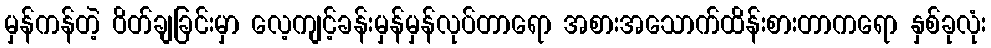
မှန်ကန်တဲ့ ဝိတ်ချခြင်းမှာ လေ့ကျင့်ခန်းမှန်မှန်လုပ်တာရော အစားအသောက်ထိန်းစားတာကရော နှစ်ခုလုံး